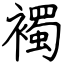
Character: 襡